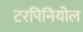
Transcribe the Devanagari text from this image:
टरपिनियोल